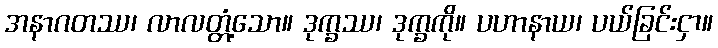
အနာဂတဿ၊ လာလတ္တံ့သော။ ဒုက္ခဿ၊ ဒုက္ခကို။ ပဟာနာယ၊ ပယ်ခြင်းငှာ။